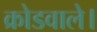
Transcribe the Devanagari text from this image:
क्रोडवाले।